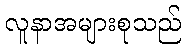
လူနာအများစုသည်